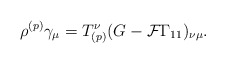
\begin{align*}\rho^{(p)} \gamma_\mu = T^{\nu}_{(p)} ( G - {\cal F} \Gamma_{11} )_{\nu \mu}.\end{align*}